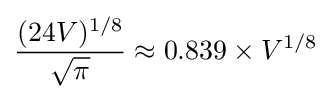
{\frac {(24V)^{1/8}}{\sqrt {\pi }}}\approx 0.839\times V^{1/8}